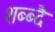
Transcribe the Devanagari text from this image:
शब्ब्दै